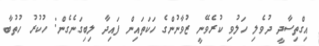
އިގްތިސާދީ ދުވެލި ހަލުވި ކުރެވޭނީ ޒުވާނުންގެ ހަކަތައިން ފައިދާ ލިބިގަނެގެންް: ހުކުރު ހުތުބާ